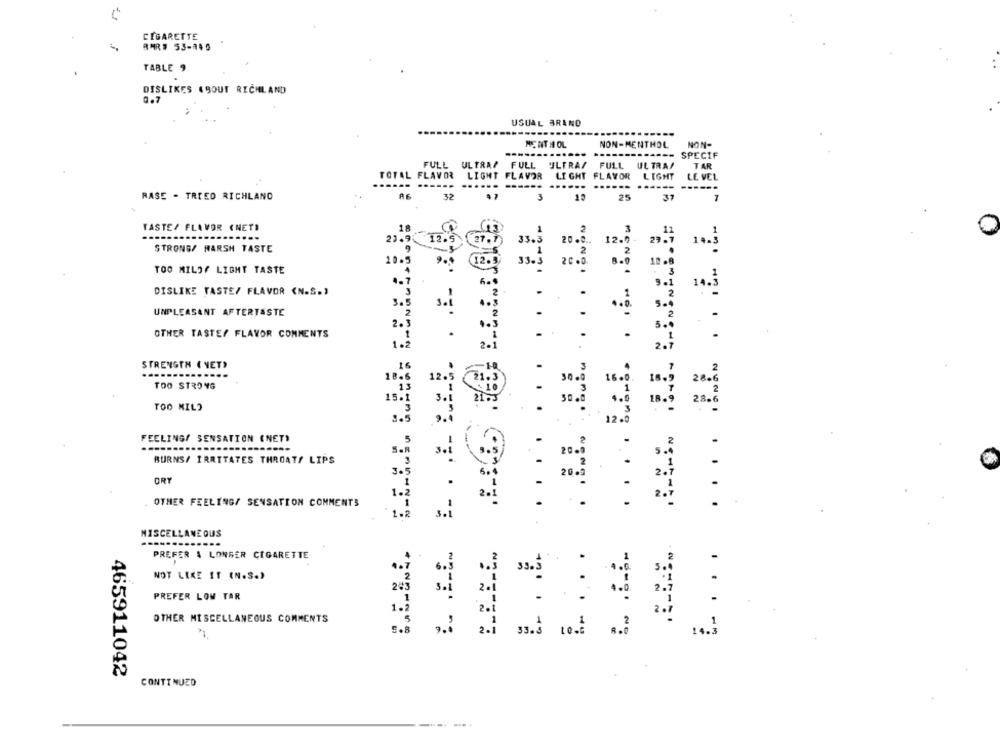
CIGARETTE
RAR# 53-140
TABLE 9
DISLIKES 49OUT RICHLAND
Q.7
USUAL BRAND
-----
NON-
MENT : OL
NON-MENTHOL
SPECIF
FULL
ULTRAP
TAR
TOTAL FLAVOR
LIGHT FLAVOR
RASE - TRIED RICHLAND
AF
32
.... ....... .. ₺_
TASTE/ FLAVOR (NET)
18
23.
STRONG/ HARSH TASTE
12.
20
12.
14.]
10.
20.3
TOO MILOF LIGHT TASTE
DISLIKE TASTE/ FLAVOR <N.S.)
14 .
3.5
UNPLEASANT AFTERTASTE
OTHER TASTES FLAVOR COMMENTS
2-1
STRENGTH ( NET)
12.
TOO STRONG
15.1
TOO MIL?
FEELINGS SENSATION (NET)
BURNS/ IRRITATES THROATS LIPS
ORT
OTHER FEELING/ SENSATION COMMENTS
3.i
MISCELLANEOUS
PREFER A LONGER CIGARETTE
33.
NOT LIKE IT (N.S.)
PREFER LOW TAR
OTHER MISCELLANEOUS COMMENTS
5.8
2.
-
33.3
14.3
465911042
CONTINUED